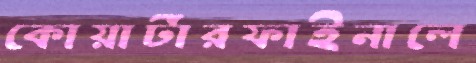
কোয়ার্টারফাইনালে